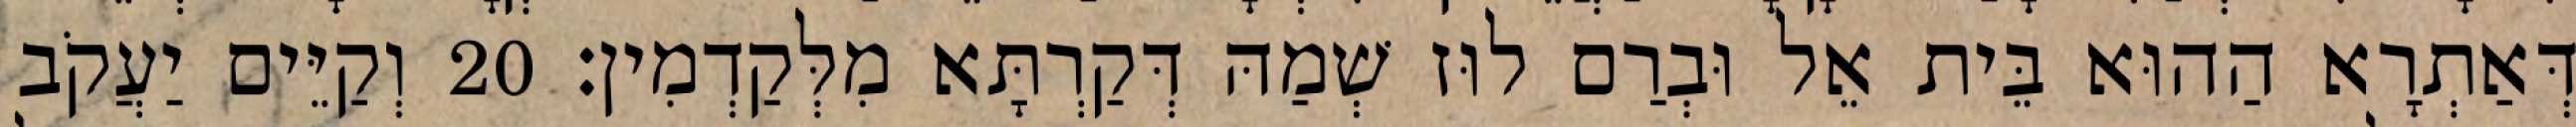
דְּאַתְרָא הַהוּא בֵּית אֵל וּבְרַם לוּז שְׁמַהּ דְּקַרְתָּא מִלְּקַדְמִין׃ 20 וְקַיֵּים יַעֲקֹב